Annual report of the Prince of Wales Medical College, Patna
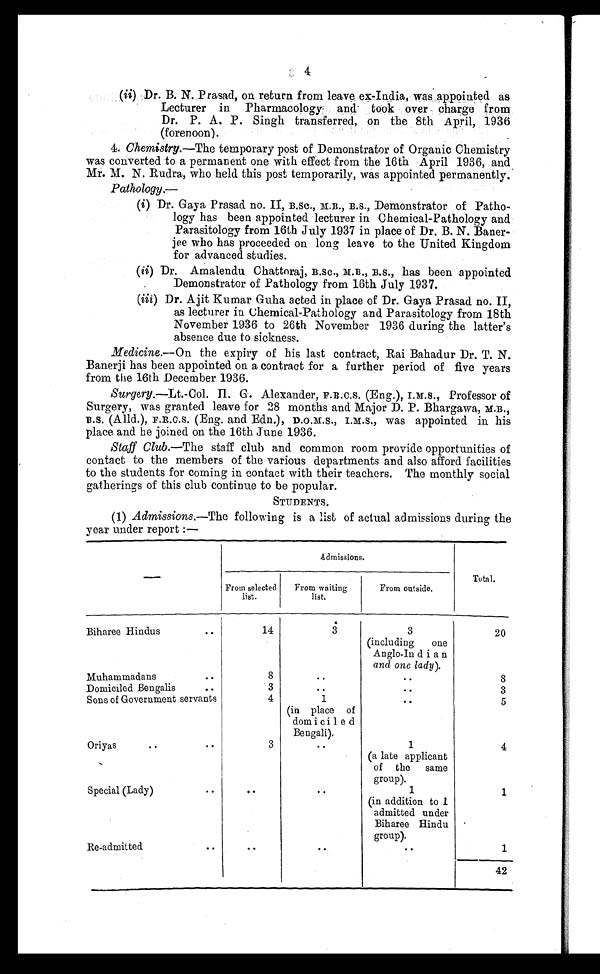
4
(ii)
Dr. B. N. Prasad on return from leave ex-India, was appointed. as
Lecturer in Pharmaco1ogy and took over charge from
Dr. P. A. P. Singh transferred, on the 8th April,. 1936
(forenoon).
(4) Chemistry.— The temporary post of Demonstrator of Organic Chemistry
was converted to a permanent one with effect from the 16th April 1936, and
Mr. M. N. Rudra, who held this post temporarily, was appointed permanently.
Pathology.-
(i)
Dr. Gaya Prasad. no. II, B.Sc., M.D., B.S., Demonstrator of Patho
logy has been appointed lecturer in Chemical-Pathology and
Parasitology from 16th July 1937 in place of Dr. B. N. Bander-
Jee who has proceeded on long leave to the United Kingdom
for advanced studies.
(ii)
Dr. Amalendu Chattoraj, B.SC., M.B., B.S., has been appointed
Demonstrator of Pathology from 16th July 1937.
(iii)
Dr. Ajit Kumar Guha acted in place of Dr. Gaya Prayed. no. II,
as lecturer in Chemical-Pathology and Parasitology from 18th
November 1936 to 26th November 1936 during the latter's
absence due to sickness.
Medicine.—On the expiry of his last contract, Rai Bahadur Dr. T. N.
BanerDi has been appointed on a contract for a further period of five years
from the 16th December 1936.
Surgery.—Lt.-Col. II. G . . Alexander, F.R.C.S. (Eng.), I.M.S., Professor of
Surgery, was granted leave for 28 months and Major D. P. Bhargawa, M.D.,
B.S. (Alld.), F.R.C.S. (Eng. and Eon.), I.M.S., was appointed in his
place and he joined on the 16th June 1936.
Staff Club.—The staff club and common room provide opportunities of
contact to the members of the various departments and also afford facilities
to the students for coming in contact with their teachers. The monthly social
gatherings of this club continue to be popular.
STUDENTS.
(1) Admissions.—The following is a list of actual admissions during the
year under renort
Admissions.
Total.
From selected
list.
From waiting
list.
From outside.
Biharee Hindus
14
3
3
20
(including one
Anglo-Indian
and one lady ).
Muhammadans
8
8
Domiciled Bengalis
3
3
Sons of Government servants
4
1
5
(in place of
domiciled
Bengali).
Oriyas
3
1
4
(a late applicant
of the same
group).
Special (Lady)
1
(in addition to 1
admitted under
Biharee Hindu
group).
Re-admitted
1
42